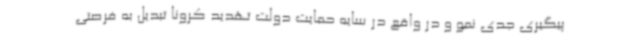
پیگیری جدی نمو و در واقع در سایه حمایت دولت تهدید کرونا تبدیل به فرصتی